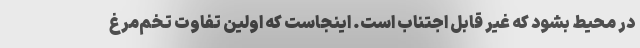
در محیط بشود که غیر قابل اجتناب است. اینجاست که اولین تفاوت تخم‌مرغ